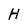
Character: H